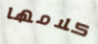
كلامها